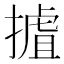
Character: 摣